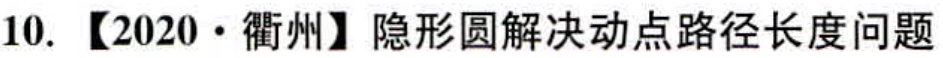
10. 【2020·衢州】隐形圆解决动点路径长度问题